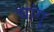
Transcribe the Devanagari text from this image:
चांगु